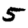
Digit: 5